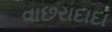
વાછરાદાદા